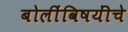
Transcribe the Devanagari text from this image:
बोलींविषयींचे